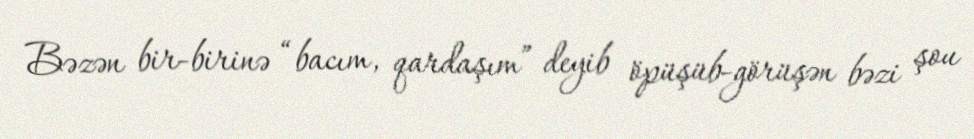
Bəzən bir-birinə “bacım, qardaşım” deyib öpüşüb-görüşən bəzi şou